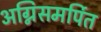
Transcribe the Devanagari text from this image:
अग्निसमर्पित